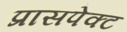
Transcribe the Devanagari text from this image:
प्रासपेक्ट